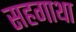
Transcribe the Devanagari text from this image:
सहगाथा